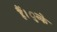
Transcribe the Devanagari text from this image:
हैं।ुन्के